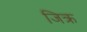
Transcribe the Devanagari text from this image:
जिक्र